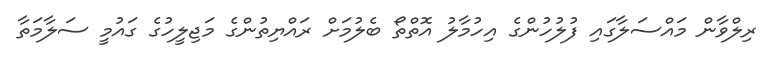
ރިލްވާން މައްސަލާގައި ފުލުހުންގެ އިހުމާލު އޮތްތޯ ބެލުމަށް ރައްޔިތުންގެ މަޖިލީހުގެ ގައުމީ ސަލާމަތާ